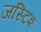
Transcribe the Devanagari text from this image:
जस्टिश